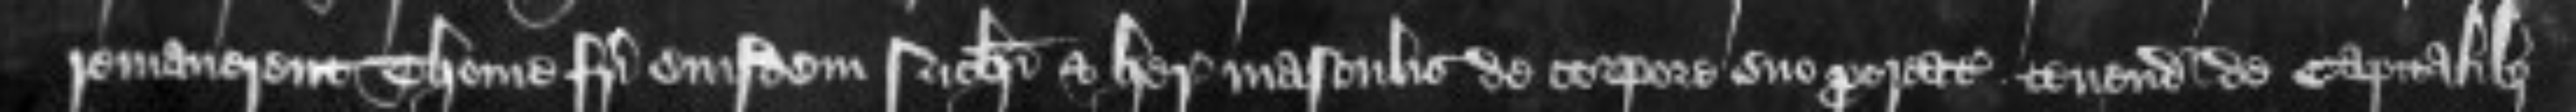
remanerent Thome fratri eiusdem Nicholai et heredibus masculis de corpore suo procreatis tenendo de capitalibus